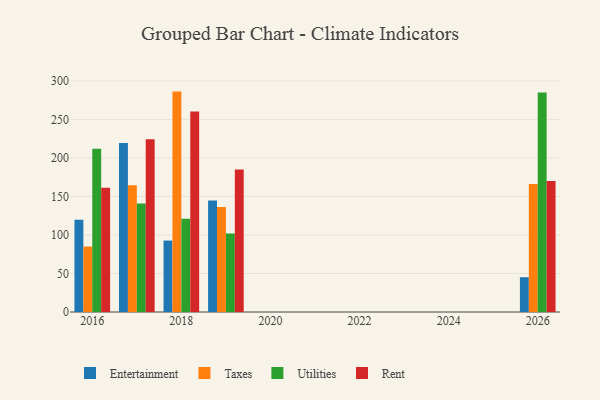
{"axis": {"x": "Year", "y": "Population (Million)"}, "legend": ["Entertainment", "Rent", "Taxes", "Utilities"], "data": [{"x": "2016", "y": 119.9, "type": "Entertainment"}, {"x": "2016", "y": 85.0, "type": "Taxes"}, {"x": "2016", "y": 211.9, "type": "Utilities"}, {"x": "2016", "y": 161.5, "type": "Rent"}, {"x": "2018", "y": 92.8, "type": "Entertainment"}, {"x": "2018", "y": 286.3, "type": "Taxes"}, {"x": "2018", "y": 121.2, "type": "Utilities"}, {"x": "2018", "y": 260.5, "type": "Rent"}, {"x": "2026", "y": 45.2, "type": "Entertainment"}, {"x": "2026", "y": 166.4, "type": "Taxes"}, {"x": "2026", "y": 285.1, "type": "Utilities"}, {"x": "2026", "y": 170.3, "type": "Rent"}, {"x": "2017", "y": 219.6, "type": "Entertainment"}, {"x": "2017", "y": 164.5, "type": "Taxes"}, {"x": "2017", "y": 140.8, "type": "Utilities"}, {"x": "2017", "y": 224.3, "type": "Rent"}, {"x": "2019", "y": 144.9, "type": "Entertainment"}, {"x": "2019", "y": 136.4, "type": "Taxes"}, {"x": "2019", "y": 102.0, "type": "Utilities"}, {"x": "2019", "y": 185.1, "type": "Rent"}]}